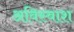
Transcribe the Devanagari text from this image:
अविस्वाश